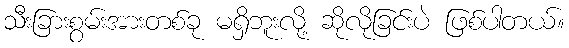
သီးခြားစွမ်းအားတစ်ခု မရှိဘူးလို့ ဆိုလိုခြင်းပဲ ဖြစ်ပါတယ်။